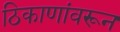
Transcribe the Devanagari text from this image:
ठिकाणांवरून